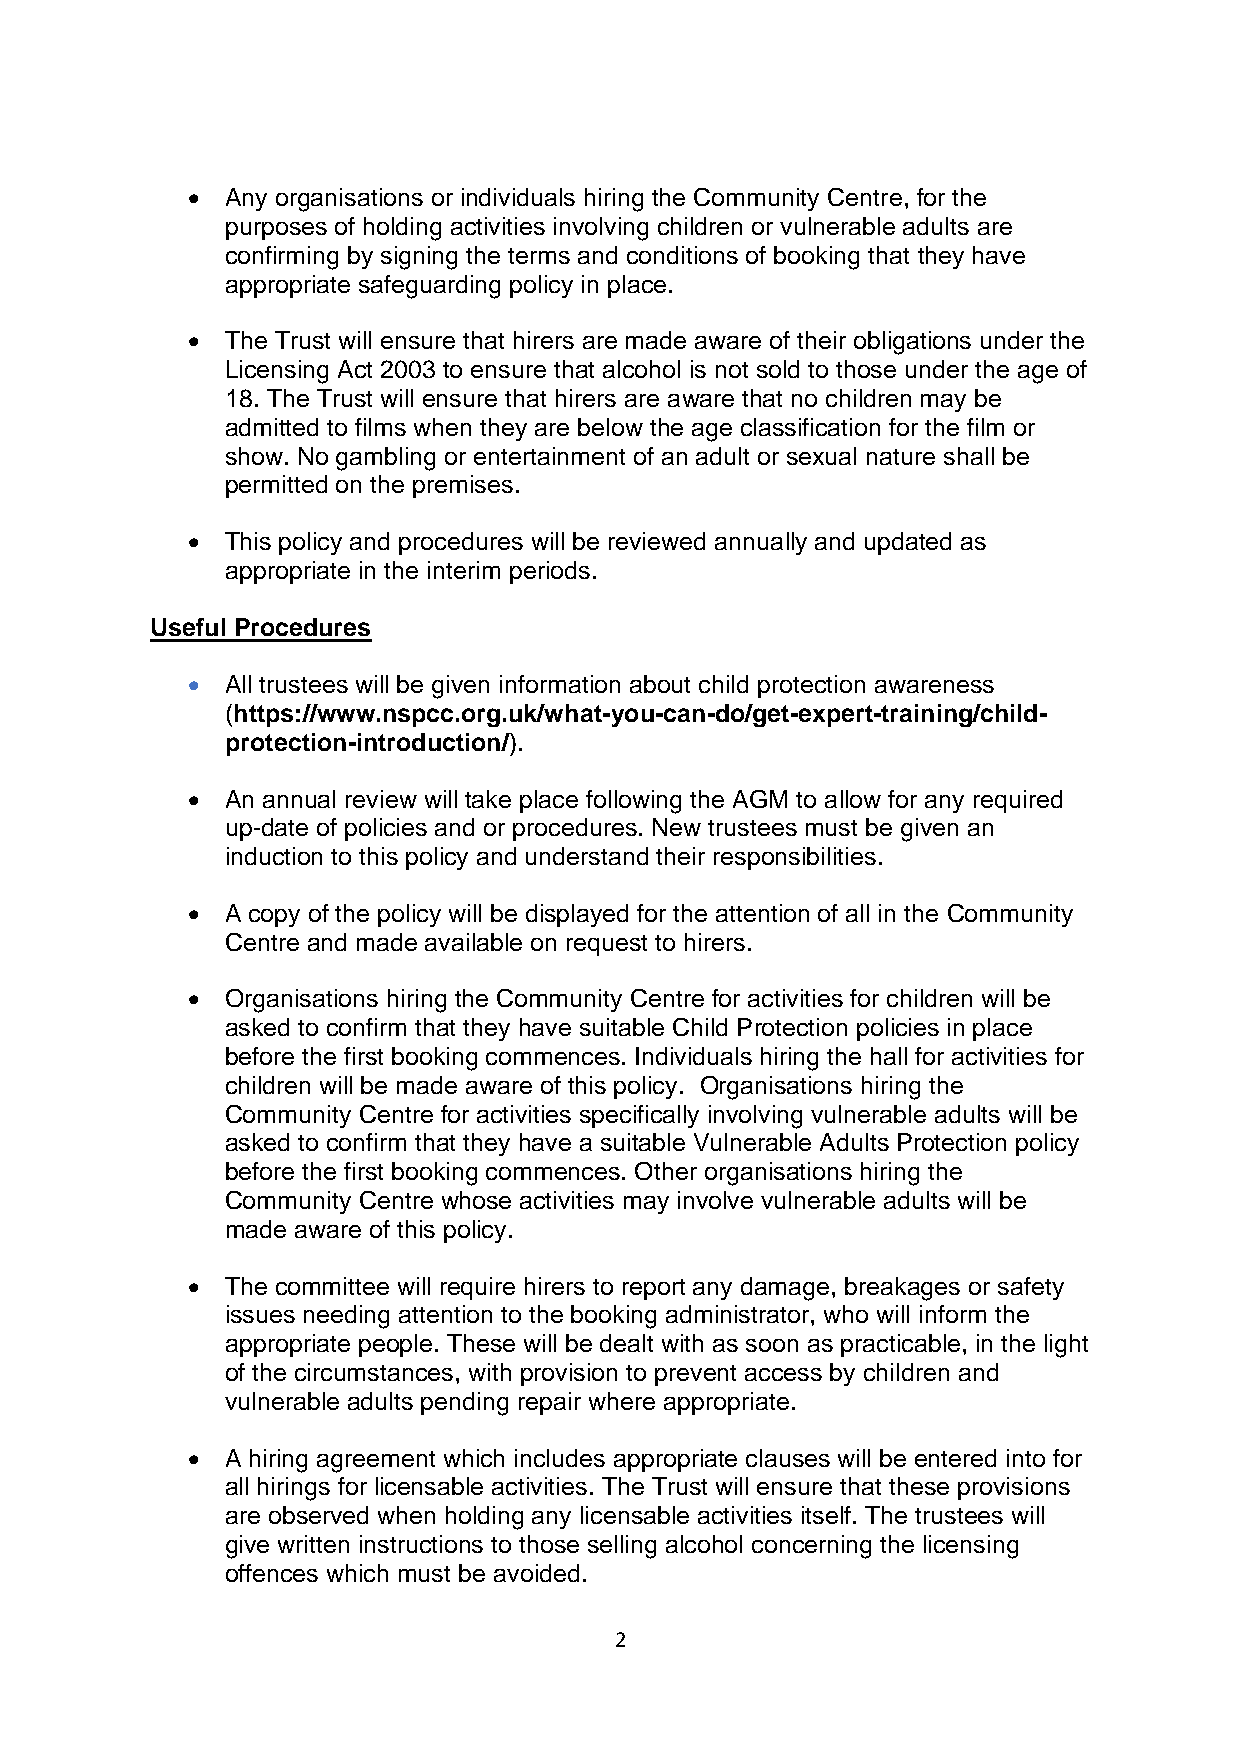
•  Any organisations or individuals hiring the Community Centre, for the
 purposes of holding activities involving children or vulnerable adults are
 confirming by signing the terms and conditions of booking that they have
 appropriate safeguarding policy in place.
 •  The Trust will ensure that hirers are made aware of their obligations under the
 Licensing Act 2003 to ensure that alcohol is not sold to those under the age of
 18. The Trust will ensure that hirers are aware that no children may be
 admitted to films when they are below the age classification for the film or
 show. No gambling or entertainment of an adult or sexual nature shall be
 permitted on the premises.
 •  This policy and procedures will be reviewed annually and updated as
 appropriate in the interim periods.
 Useful Procedures
 •  All trustees will be given information about child protection awareness
 (https://www.nspcc.org.uk/what-you-can-do/get-expert-training/child-
 protection-introduction/).
 •  An annual review will take place following the AGM to allow for any required
 up-date of policies and or procedures. New trustees must be given an
 induction to this policy and understand their responsibilities.
 •  A copy of the policy will be displayed for the attention of all in the Community
 Centre and made available on request to hirers.
 •  Organisations hiring the Community Centre for activities for children will be
 asked to confirm that they have suitable Child Protection policies in place
 before the first booking commences. Individuals hiring the hall for activities for
 children will be made aware of this policy. Organisations hiring the
 Community Centre for activities specifically involving vulnerable adults will be
 asked to confirm that they have a suitable Vulnerable Adults Protection policy
 before the first booking commences. Other organisations hiring the
 Community Centre whose activities may involve vulnerable adults will be
 made aware of this policy.
 •  The committee will require hirers to report any damage, breakages or safety
 issues needing attention to the booking administrator, who will inform the
 appropriate people. These will be dealt with as soon as practicable, in the light
 of the circumstances, with provision to prevent access by children and
 vulnerable adults pending repair where appropriate.
 •  A hiring agreement which includes appropriate clauses will be entered into for
 all hirings for licensable activities. The Trust will ensure that these provisions
 are observed when holding any licensable activities itself. The trustees will
 give written instructions to those selling alcohol concerning the licensing
 offences which must be avoided.
 2